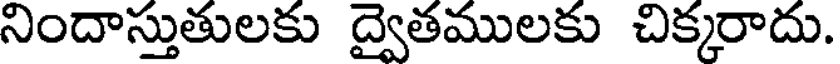
నిందాస్తుతులకు ద్వైతములకు చిక్కరాదు.